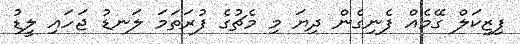
ފިޒިކަލް ގޭމެއް ފެނިގެން ދިޔަ މި މެޗުގެ ފުރަތަމަ ލަނޑު ޖަހައި ލީޑު